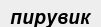
пирувик